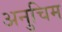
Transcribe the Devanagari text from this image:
अनुचिम